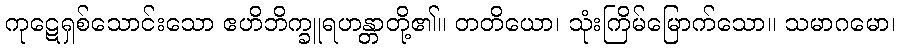
ကုဋေရှစ်သောင်းသော ဧဟိဘိက္ခူရဟန္တာတို့၏။ တတိယော၊ သုံးကြိမ်မြောက်သော။ သမာဂမော၊